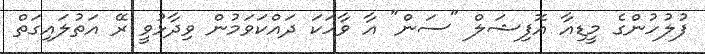
ފުލުހުންގެ މީޑިއާ އޮފިޝަލް "ސަން" އާ ވާހަކަ ދައްކަވަމުން ވިދާޅުވީ ރޭ އަތުލައިގަތް